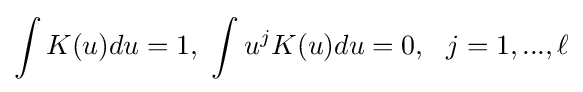
\int K(u)du=1,~\int u^{j}K(u)du=0,~~j=1,...,\ell